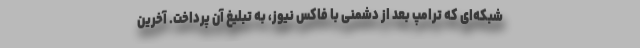
شبکه‌ای که ترامپ بعد از دشمنی با فاکس نیوز، به تبلیغ آن پرداخت. آخرین